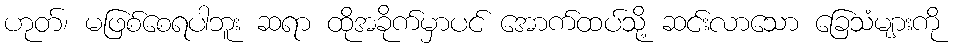
ဟုတ်၊ မဖြစ်စေရပါဘူး ဆရာ ထိုအခိုက်မှာပင် အောက်ထပ်သို့ ဆင်းလာသော ခြေသံများကို